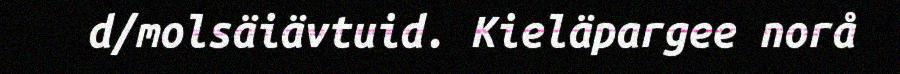
d/molsäiävtuid. Kieläpargee norå